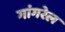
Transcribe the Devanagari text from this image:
गांगरेल